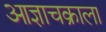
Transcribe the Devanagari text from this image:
आज्ञाचक्राला